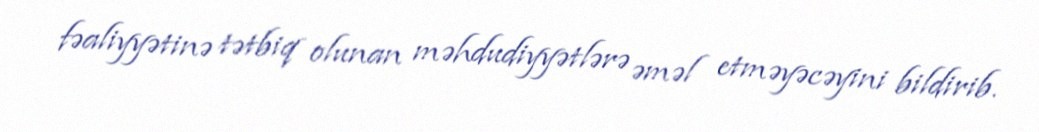
fəaliyyətinə tətbiq olunan məhdudiyyətlərə əməl etməyəcəyini bildirib.